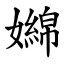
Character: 嬵